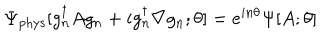
LaTeX: \Psi _ { \mathrm { p h y s } } [ g _ { n } ^ { \dagger } A g _ { n } + i g _ { n } ^ { \dagger } \nabla g _ { n } ; \theta ] = e ^ { i n \theta } \Psi [ A ; \theta ]